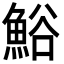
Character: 𩷝